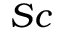
S c